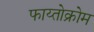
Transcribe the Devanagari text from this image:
फाय्तोक्रोम